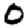
Digit: 0